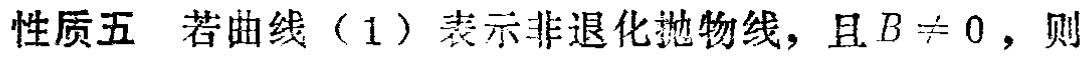
性质五 若曲线（1）表示非退化抛物线，且\(B\neq 0\)，则